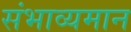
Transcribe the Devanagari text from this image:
संभाव्यमान